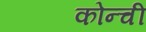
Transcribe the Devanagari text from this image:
कोन्ची